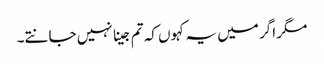
مگر اگر میں یہ کہوں کہ تم جینا نہیں جانتے۔